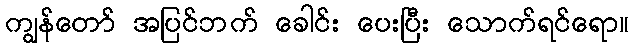
ကျွန်တော် အပြင်ဘက် ခေါင်း ပေးပြီး သောက်ရင်ရော။